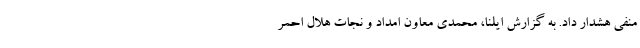
منفی هشدار داد. به گزارش ایلنا، محمدی معاون امداد و نجات هلال احمر